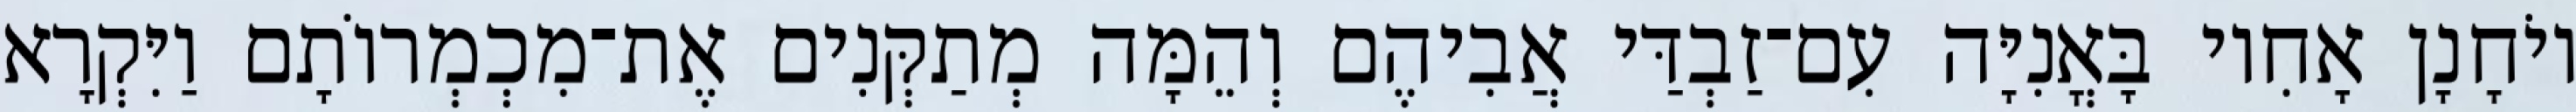
יוֹחָנָן אָחִיו בָּאֳנִיָּה עִם־זַבְדַּי אֲבִיהֶם וְהֵמָּה מְתַקְּנִים אֶת־מִכְמְרוֹתָם וַיִּקְרָא